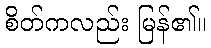
စိတ်ကလည်း မြန်၏။